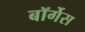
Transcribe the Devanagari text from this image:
बॉर्गेस